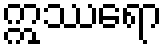
ဣဿရော